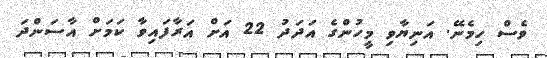
ވެސް ހިމެނޭ. އަނިޔާވި މީހުންގެ އަދަދު 22 އަށް އަރާފައިވާ ކަމަށް އާސަންދަ